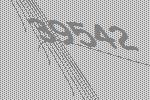
39542